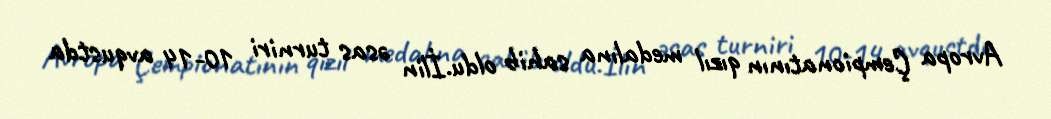
Avropa Çempionatının qızıl medalına sahib oldu.İlin əsas turniri 10-14 avqustda